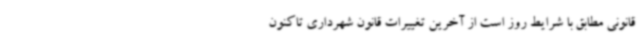
قانونی مطابق با شرایط روز است از آخرین تغییرات قانون شهرداری تاکنون